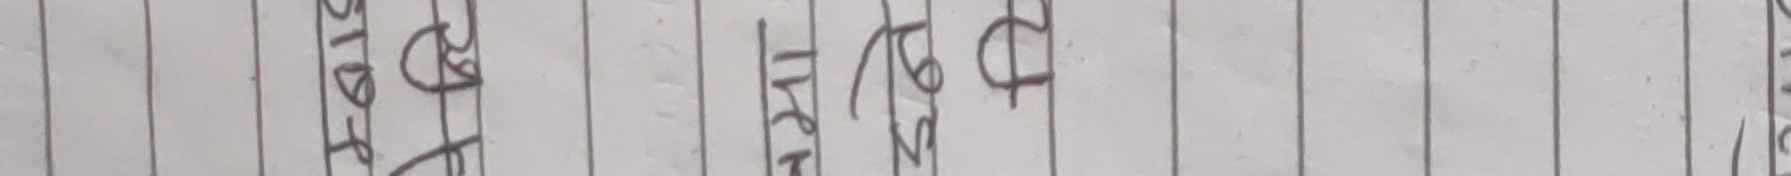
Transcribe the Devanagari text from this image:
ढाल्ने हो